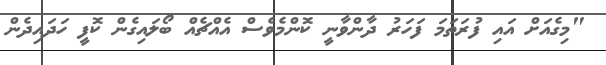
"މިގެއަށް އައި ފުރަތަމަ ފަހަރު ދާންވާނީ ކޮންމެވެސް އެއްޗެއް ބޯލައިގެން ކޮފީ ހަދައިދެން